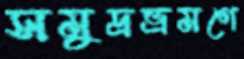
সমুদ্রভ্রমণে